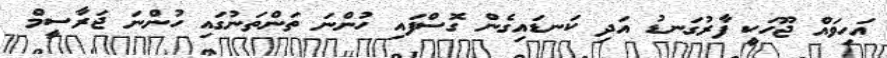
އަހިވައް ޖޫހަކީ ފާރުގަނޑު އަދި ކަނޑައިގެން ގޮސްފައި ހުންނަ ތަންތަނުގައި ހުންނަ ޖަރާސީމް